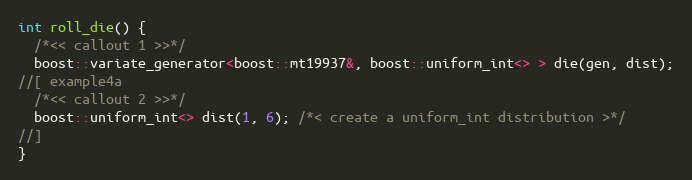
Language: C++
int roll_die() {
  /*<< callout 1 >>*/
  boost::variate_generator<boost::mt19937&, boost::uniform_int<> > die(gen, dist);
//[ example4a
  /*<< callout 2 >>*/
  boost::uniform_int<> dist(1, 6); /*< create a uniform_int distribution >*/
//]
}